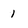
Character: 1